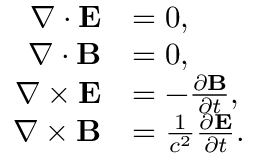
{ \begin{array} { r l } { \nabla \cdot \mathbf { E } } & { = 0 , } \\ { \nabla \cdot \mathbf { B } } & { = 0 , } \\ { \nabla \times \mathbf { E } } & { = - { \frac { \partial \mathbf { B } } { \partial t } } , } \\ { \nabla \times \mathbf { B } } & { = { \frac { 1 } { c ^ { 2 } } } { \frac { \partial \mathbf { E } } { \partial t } } . } \end{array} }